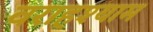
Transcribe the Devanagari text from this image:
वराहश्याम